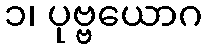
၁၊ ပုဗ္ဗယောဂ